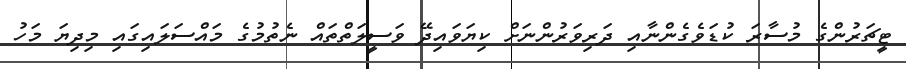
ޓީޗަރުންގެ މުސާރަ ކުޑަވެގެންނާއި ދަރިވަރުންނަށް ކިޔަވައިދޭ ވަސީލަތްތައް ނެތުމުގެ މައްސަލައިގައި މިދިޔަ މަހު